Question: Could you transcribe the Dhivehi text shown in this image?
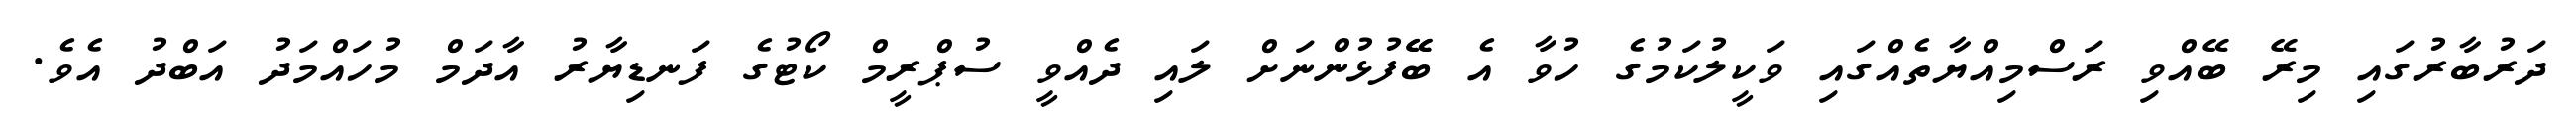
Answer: ދަރުބާރުގައި މިރޭ ބޭއްވި ރަސްމިއްޔާތެއްގައި ވަކީލުކަމުގެ ހުވާ އެ ބޭޭފުޅުންނަށް ލައި ދެއްވީ ސުޕްރީމް ކޯޓުގެ ފަނޑިޔާރު އާދަމް މުހައްމަދު އަބްދު އެވެ.